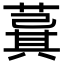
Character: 𦸆